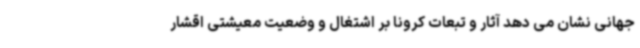
جهانی نشان می دهد آثار و تبعات کرونا بر اشتغال و وضعیت معیشتی اقشار